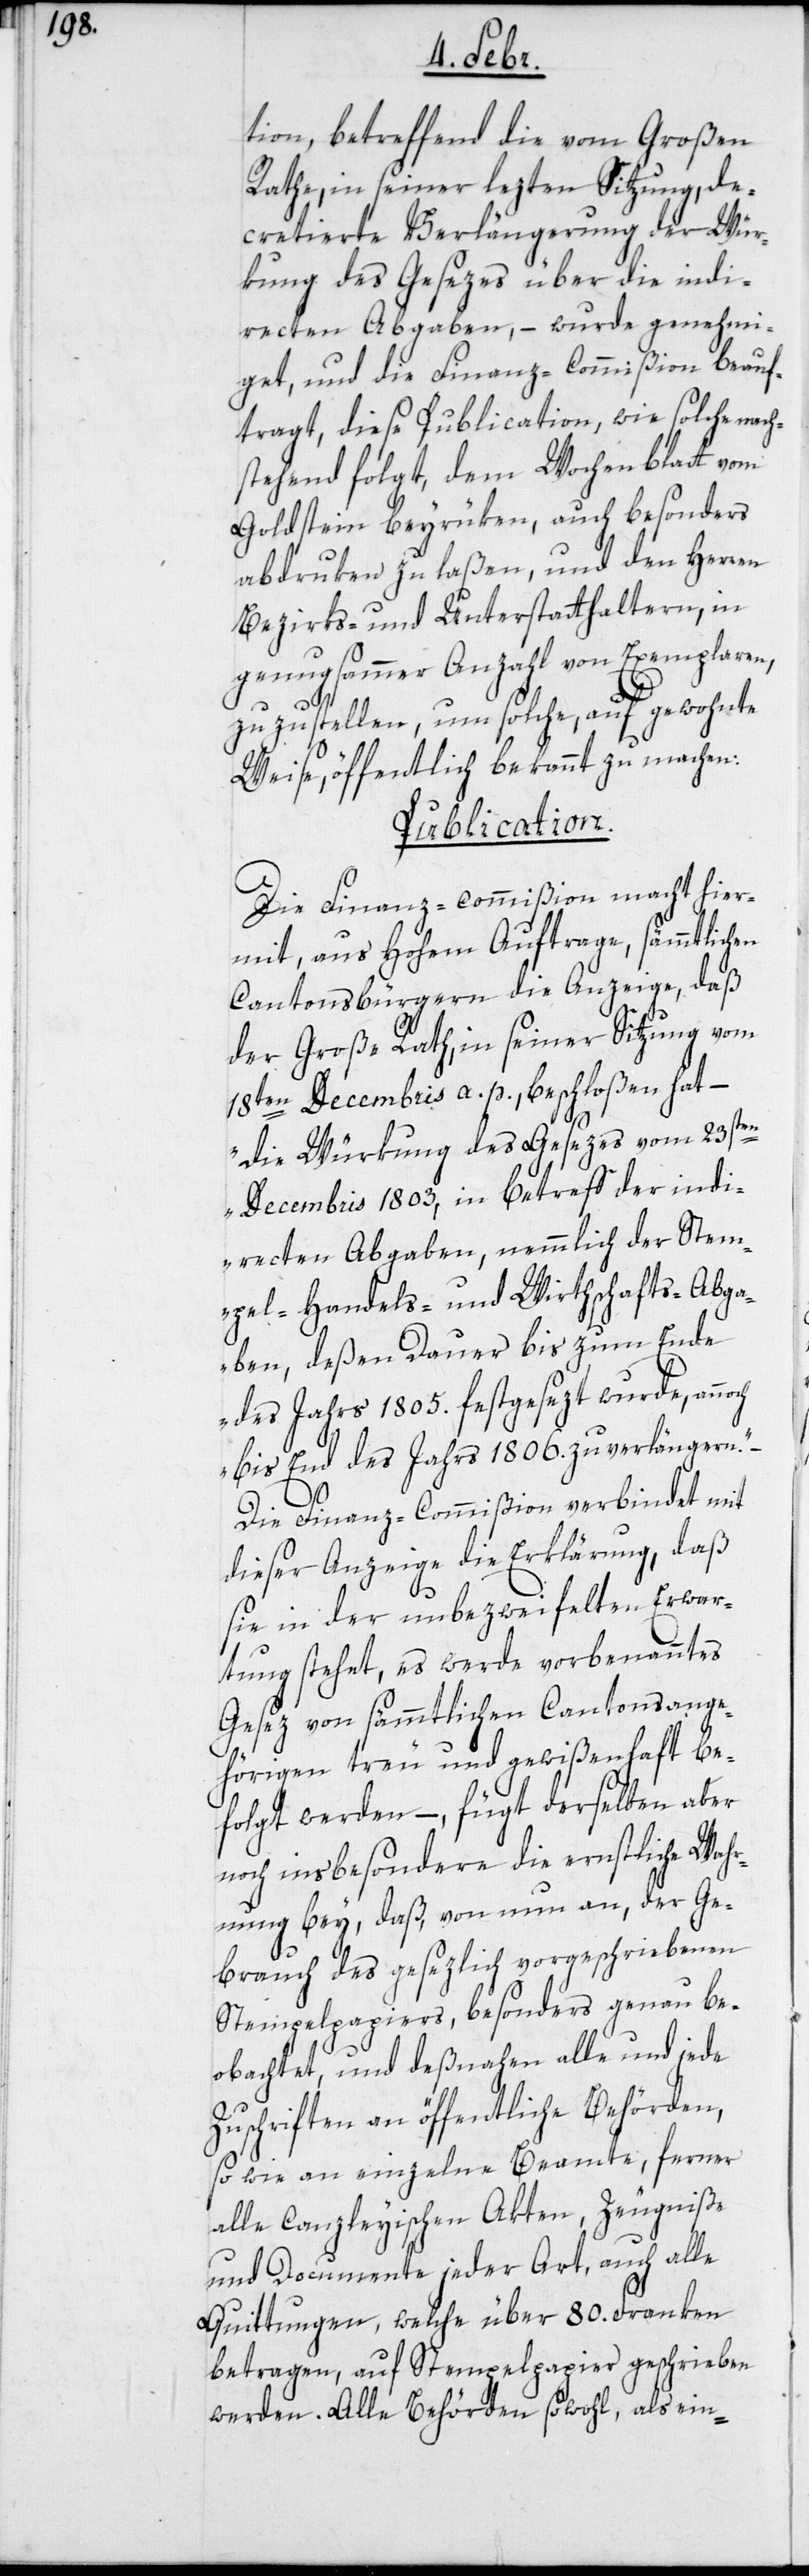
tion, betreffend die vom Großen
Rathe, in seiner lezten Sitzung, de¬
cretierte Verlängerung der Wür¬
kung des Gesezes über die indi¬
recten Abgaben, – wurde genehmi¬
get, und die Finanz-Commißion beauf¬
tragt, diese Publication, wie solche nach¬
stehend folgt, dem Wochenblatt vom
Goldstein beyzurüken, auch besonders
abdruken zu laßen, und den Herren
Bezirks– und Unterstatthaltern, in
genugsammer Anzahl von Exemplaren,
zuzustellen, um solche, auf gewohnte
Weise, öffentlich bekannt zu machen:
Publication.
Die Finanz-commißion macht hier¬
mit, aus Hohem Auftrage, sämmtlichen
Cantonsbürgern die Anzeige, daß
der große Rath, in seiner Sitzung vom
18ten Decembris a. p. beschloßen hat, –
„die Würkung des Gesezes vom 23sten
Decembris 1803, in Betreff der indi¬
rekten Abgaben, nämmlich der Stem¬
pel- Handels- und Wirthschafts-Abga¬
ben, deßen Dauer bis zum Ende
des Jahrs 1805. festgesezt wurde, anno¬
ch bis Ende des Jahrs 1806. zu verlängern“.
Die Finanz-Commißion verbindet mit
dieser Anzeige die Erklärung, daß
sie in der unbezweyfelten Erwar¬
tung stehet, es werde vorbenanntes
Gesez von sämmtlichen Cantonsange¬
hörigen treu und gewißenhaft be¬
folgt werden, – fügt derselben aber
noch insbesondere die ernstliche Wahr¬
nung bey, daß, von nun an, der Ge¬
brauch des gesezlich vorgeschriebenen
Stempelpapiers, besonders genau be¬
obachtet, und deßnahen alle und jede
Zuschriften an öffentliche Behörden,
so wie an einzelne Beamte, ferner
alle Canzleyischen Akten, Zeugniße
und Documente jeder Art, auch alle
Quittungen, welche über 80. Franken
betragen, auf Stempelpapier geschrieben
werden. Alle Behörden sowohl, als ein-